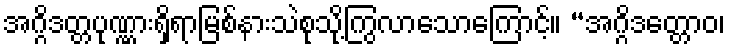
အဂ္ဂိဒတ္တပုဏ္ဏားရှိရာမြစ်နားသဲစုသို့ကြွလာသောကြောင့်။ “အဂ္ဂိဒတ္တောဝ၊